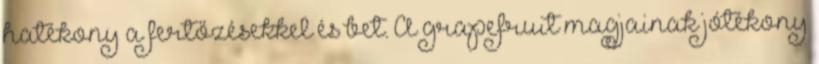
hatékony a fertőzésekkel és bet. A grapefruit magjainak jótékony